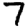
Digit: 7